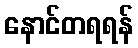
နောင်တရရန်